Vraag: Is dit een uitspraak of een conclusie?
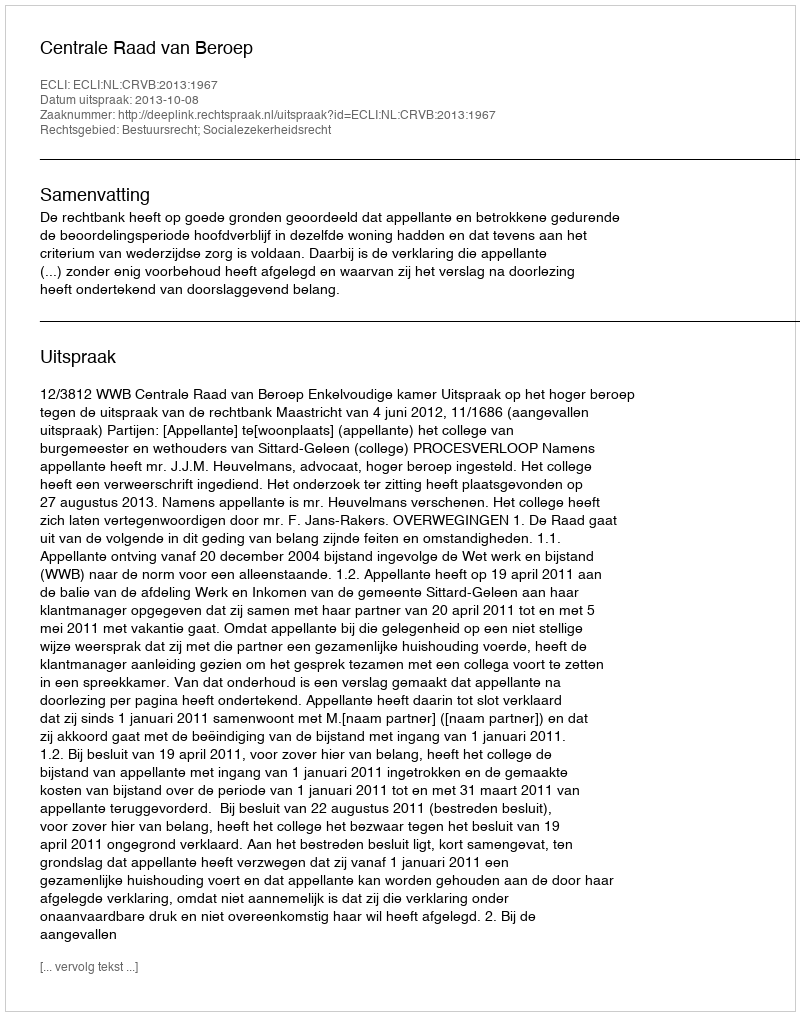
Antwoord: Uitspraak